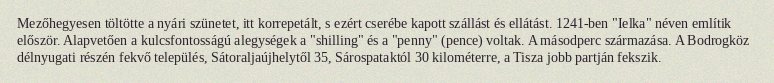
Mezőhegyesen töltötte a nyári szünetet, itt korrepetált, s ezért cserébe kapott szállást és ellátást. 1241-ben "Ielka" néven említik először. Alapvetően a kulcsfontosságú alegységek a "shilling" és a "penny" (pence) voltak. A másodperc származása. A Bodrogköz délnyugati részén fekvő település, Sátoraljaújhelytől 35, Sárospataktól 30 kilométerre, a Tisza jobb partján fekszik.